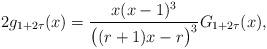
LaTeX: \begin{align*}2g_{1+2\tau}(x)=\frac{x(x-1)^3}{\bigl((r+1)x-r\bigr)^3}G_{1+2\tau}(x),\end{align*}